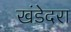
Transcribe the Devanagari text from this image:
खंडेदरा